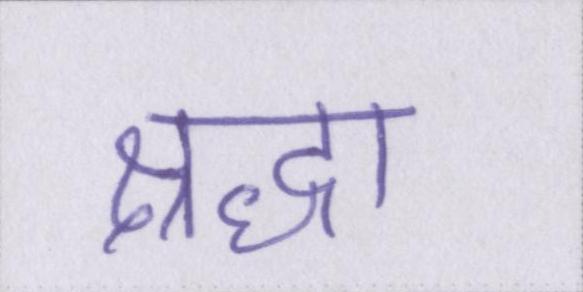
श्रद्धा